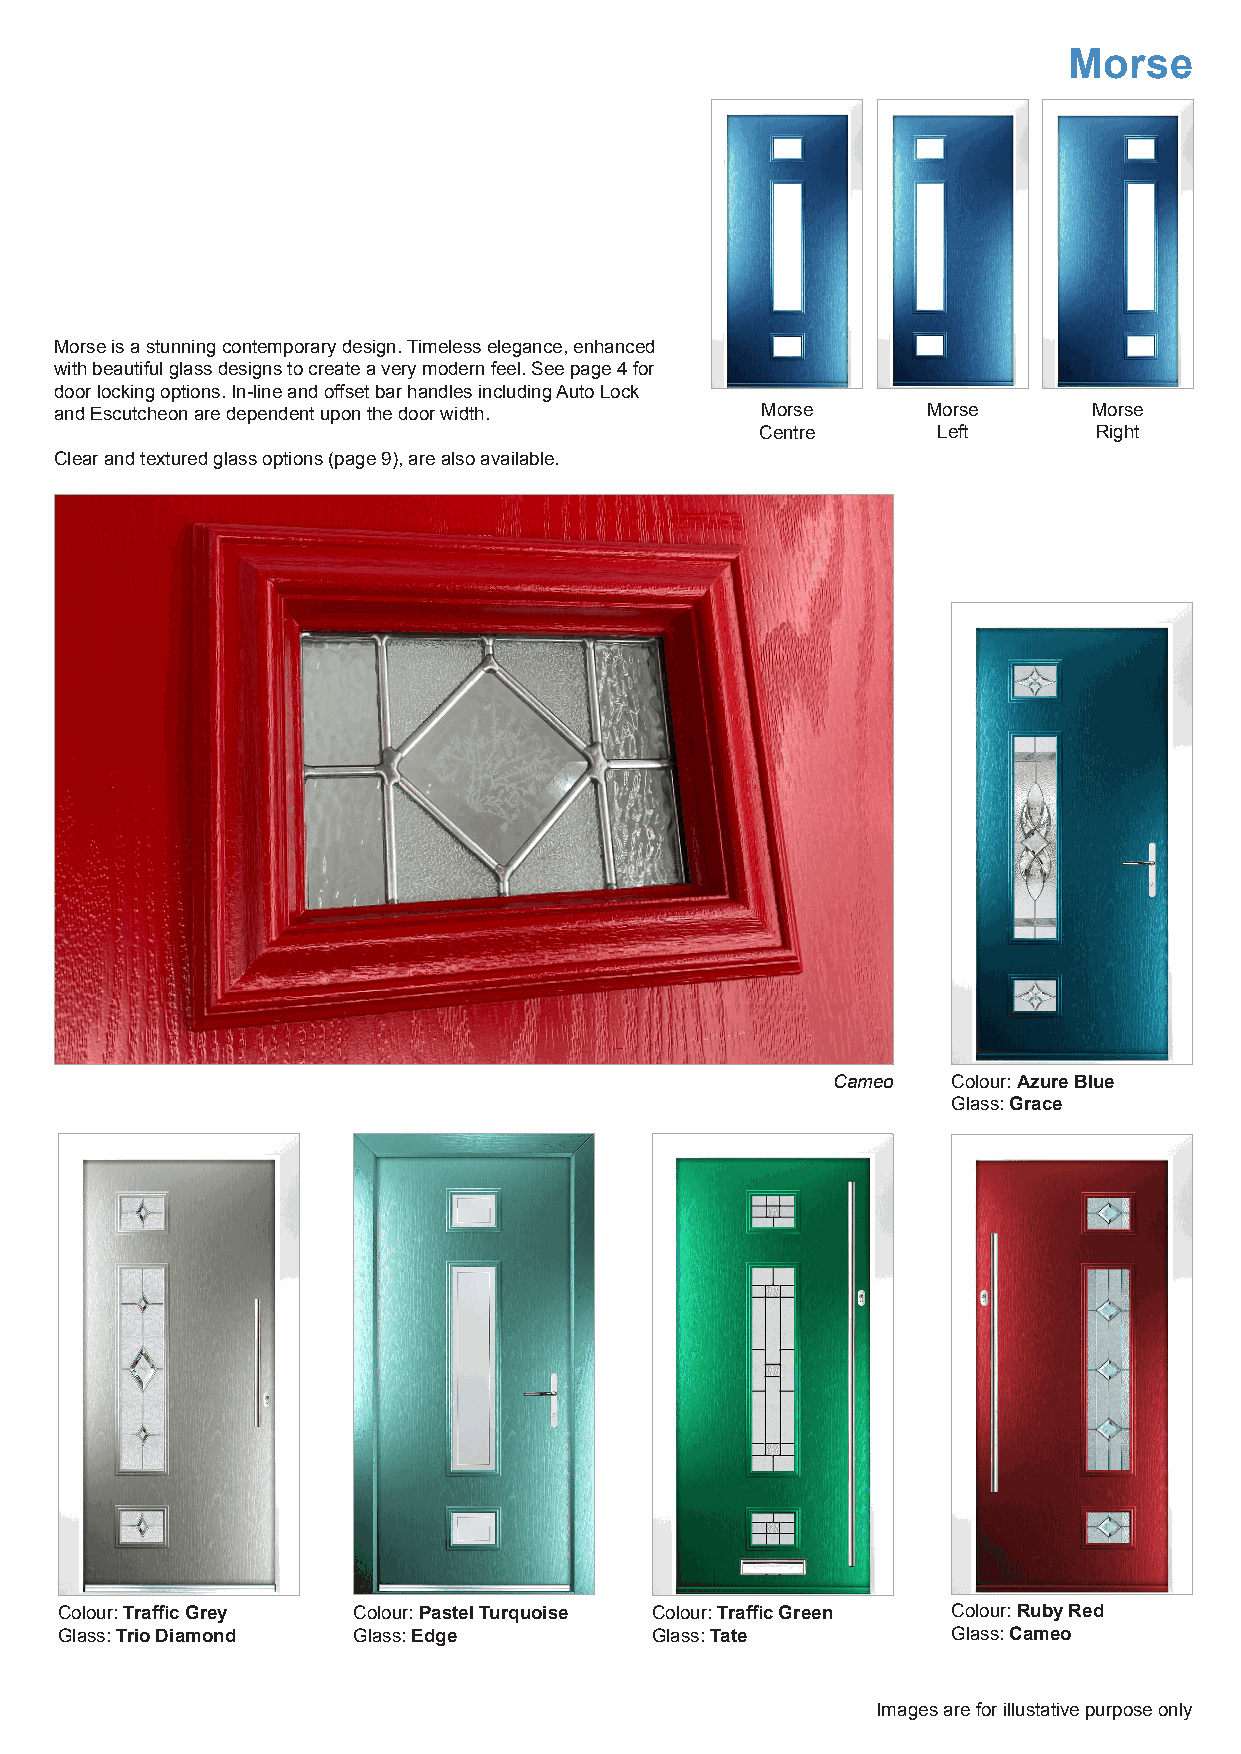
Morse
 Morse is a stunning contemporary design. Timeless elegance, enhanced
 with beautiful glass designs to create a very modern feel. See page 4 for
 door locking options. In-line and offset bar handles including Auto Lock
 and Escutcheon are dependent upon the door width. Morse  Morse      Morse
 Centre      Left      Right
 Clear and textured glass options (page 9), are also available.
 Cameo   Colour: Azure Blue
 Glass: Grace
 Colour: Traffic Grey Colour: Pastel Turquoise Colour: Traffic Green Colour: Ruby Red
 Glass: Trio Diamond Glass: Edge        Glass: Tate         Glass: Cameo
 Images are for illustative purpose only